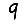
Digit: 9